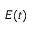
E ( t )